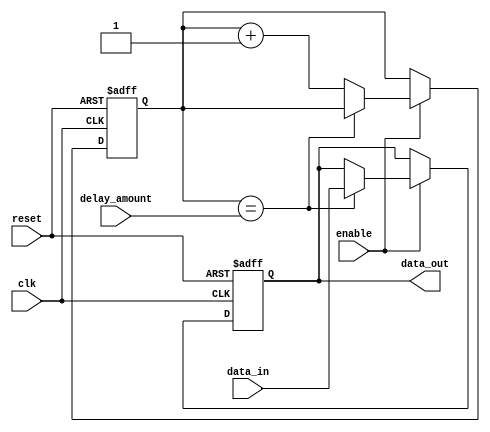
module BufferDelay (
    input wire clk,
    input wire reset,
    input wire enable,
    input wire [7:0] delay_amount,
    input wire data_in,
    output reg data_out
);

reg [7:0] counter;

always @(posedge clk or posedge reset) begin
    if (reset) begin
        counter <= 0;
        data_out <= 1'b0;
    end else if (enable) begin
        if (counter == delay_amount) begin
            data_out <= data_in;
        end else begin
            counter <= counter + 1;
        end
    end
end

endmodule